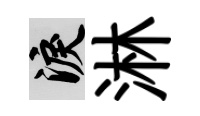
泪淋